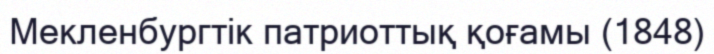
Мекленбургтік патриоттық қоғамы (1848)